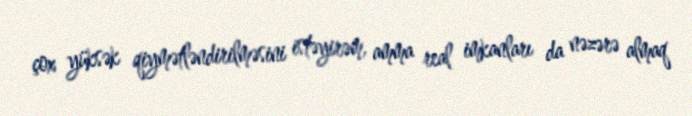
çox yüksək qiymətləndirilməsini istəyirəm, amma real imkanları da nəzərə almaq